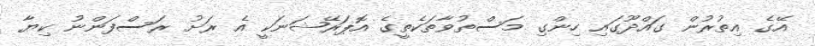
އޭގެ އިތުރުން ގައްދޫގައި ހިންގި މަސްތުވާތަކެތީގެ އޮޕަރޭޝަނަކީ އެ ރަށު ރަސްފަންނު ކިޔާ